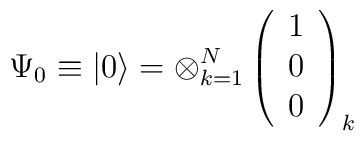
\Psi _{0}\equiv \left| 0\right\rangle =\otimes _{k=1}^{N}\left( \begin{array}{l}1 \\ 0 \\ 0\end{array}\right) _{k}